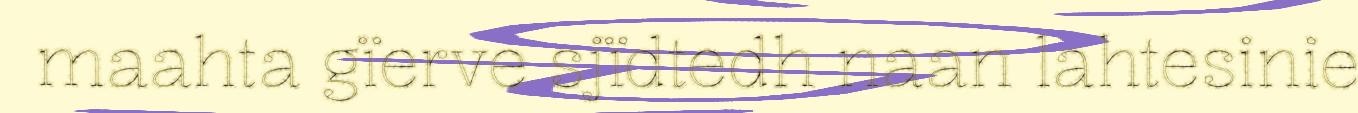
maahta gïerve sjïdtedh naan lahtesinie